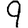
Digit: 9